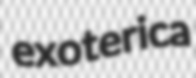
exoterica